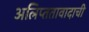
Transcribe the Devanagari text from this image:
अलिप्ततावादाची